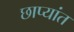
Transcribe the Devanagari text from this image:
छाप्यांत